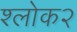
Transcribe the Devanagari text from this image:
श्लोक२